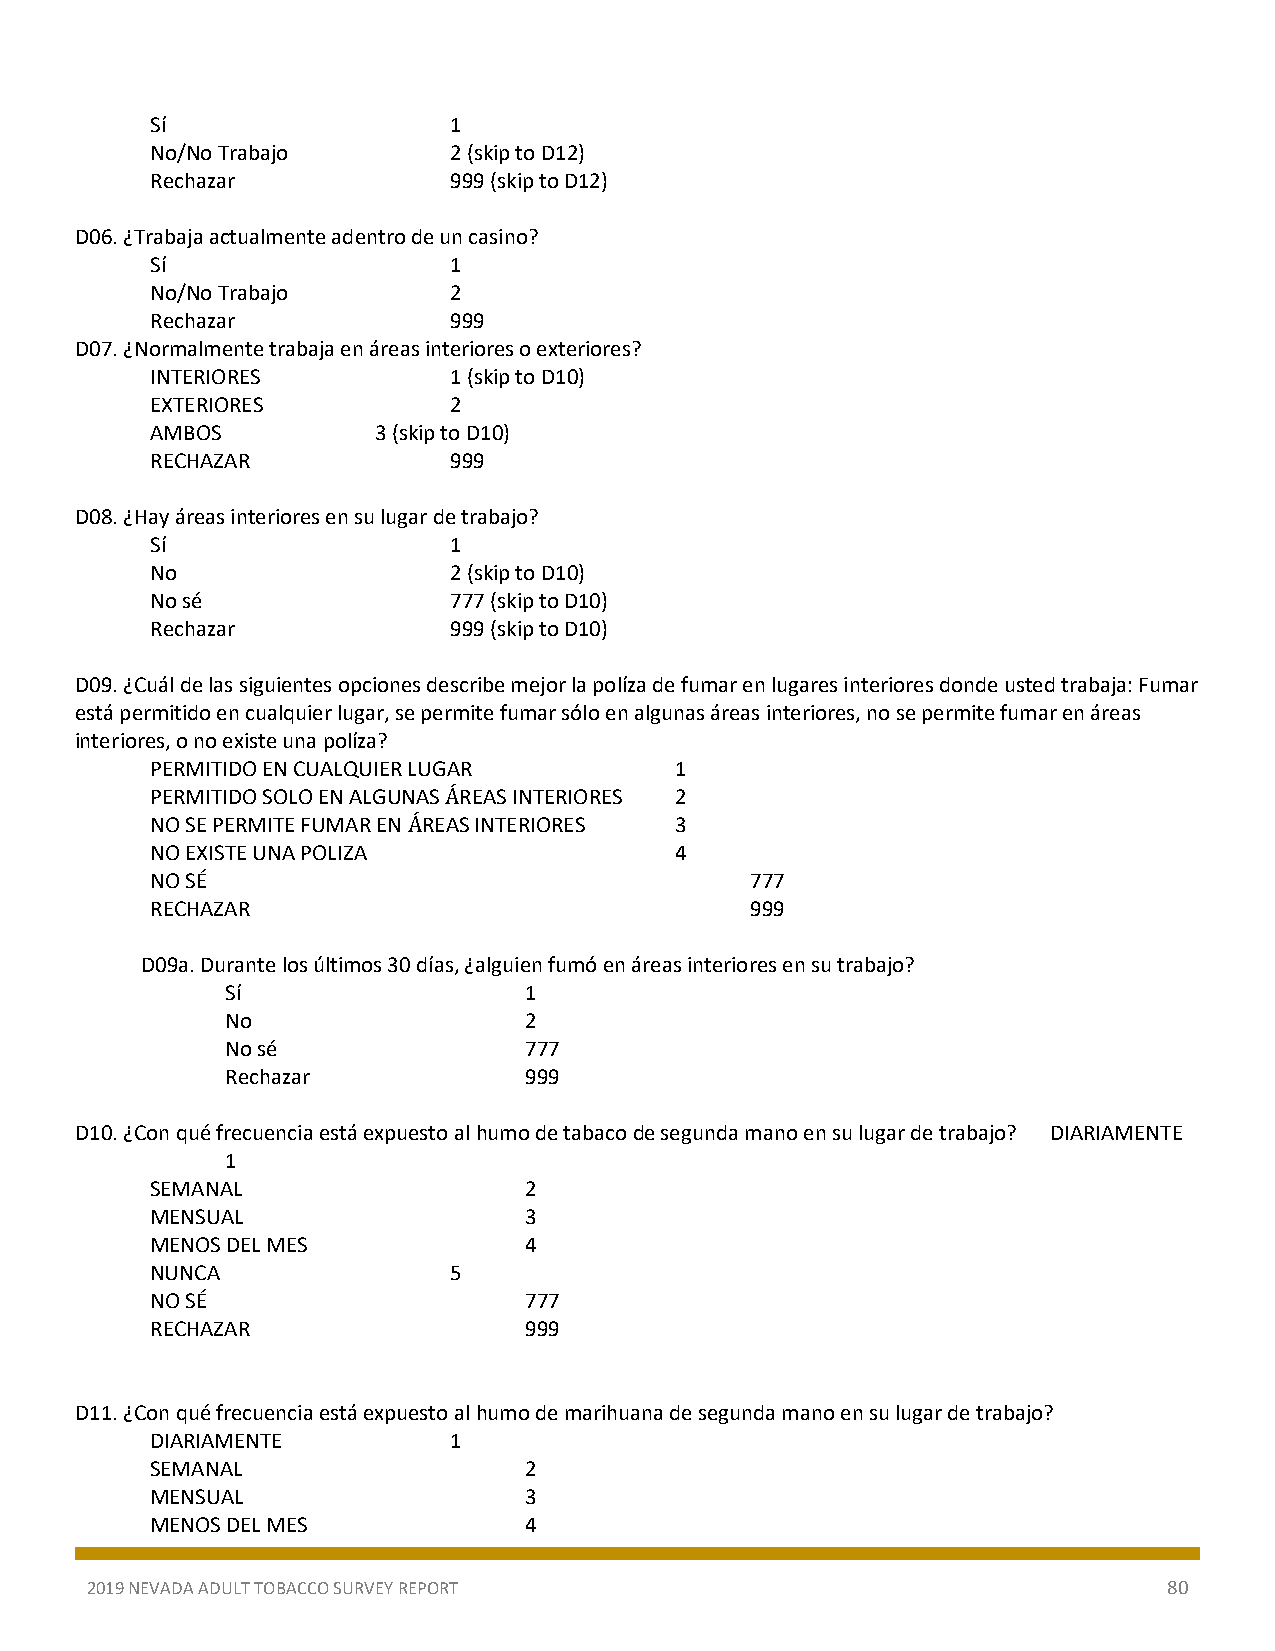
Sí                  1
 No/No Trabajo       2 (skip to D12)
 Rechazar            999 (skip to D12)
 D06. ¿Trabaja actualmente adentro de un casino?
 Sí                  1
 No/No Trabajo       2
 Rechazar            999
 D07. ¿Normalmente trabaja en áreas interiores o exteriores?
 INTERIORES          1 (skip to D10)
 EXTERIORES          2
 AMBOS          3 (skip to D10)
 RECHAZAR            999
 D08. ¿Hay áreas interiores en su lugar de trabajo?
 Sí                  1
 No                  2 (skip to D10)
 No sé               777 (skip to D10)
 Rechazar            999 (skip to D10)
 D09. ¿Cuál de las siguientes opciones describe mejor la políza de fumar en lugares interiores donde usted trabaja: Fumar
 está permitido en cualquier lugar, se permite fumar sólo en algunas áreas interiores, no se permite fumar en áreas
 interiores, o no existe una políza?
 PERMITIDO EN CUALQUIER LUGAR       1
 PERMITIDO SOLO EN ALGUNAS ÁREAS INTERIORES 2
 NO SE PERMITE FUMAR EN ÁREAS INTERIORES 3
 NO EXISTE UNA POLIZA               4
 NO SÉ                                   777
 RECHAZAR                                999
 D09a. Durante los últimos 30 días, ¿alguien fumó en áreas interiores en su trabajo?
 Sí                  1
 No                  2
 No sé               777
 Rechazar            999
 D10. ¿Con qué frecuencia está expuesto al humo de tabaco de segunda mano en su lugar de trabajo? DIARIAMENTE
 1
 SEMANAL                  2
 MENSUAL                  3
 MENOS DEL MES            4
 NUNCA               5
 NO SÉ                    777
 RECHAZAR                 999
 D11. ¿Con qué frecuencia está expuesto al humo de marihuana de segunda mano en su lugar de trabajo?
 DIARIAMENTE         1
 SEMANAL                  2
 MENSUAL                  3
 MENOS DEL MES            4
 2019 NEVADA ADULT TOBACCO SURVEY REPORT                                80